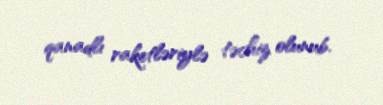
qanadlı raketləriylə təchiz olunub.